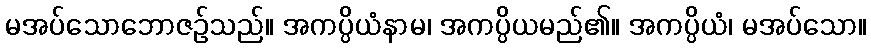
မအပ်သောဘောဇဉ်သည်။ အကပ္ပိယံနာမ၊ အကပ္ပိယမည်၏။ အကပ္ပိယံ၊ မအပ်သော။